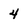
Character: 4